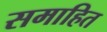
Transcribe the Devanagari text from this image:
समाहित